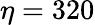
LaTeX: \eta=320